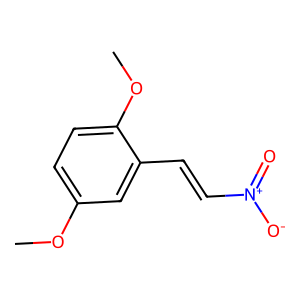
SMILES: COc1ccc(OC)c(C=C[N+](=O)[O-])c1
Inhibits HIV replication: No